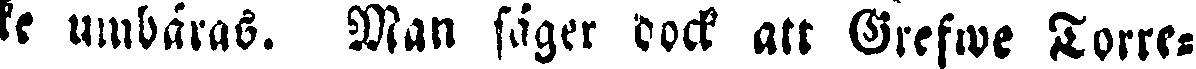
ke umbäras. Man säger dock att Grefwe Torre-